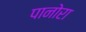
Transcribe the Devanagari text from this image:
पानोरा